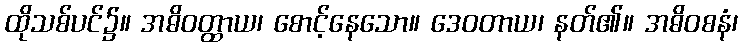
ထိုသစ်ပင်၌။ အဓိဝတ္ထာယ၊ စောင့်နေသော။ ဒေဝတာယ၊ နတ်၏။ အဓိဝစနံ၊